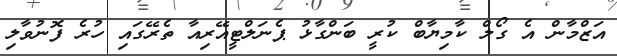
އަޒްމާން އެ ގޯލް ކާމިޔާބް ކުރީ ބަންގާޅު ޕެނަލްޓީއޭރިއާ ތެރޭގައި ހުރެ ފޮނުވާލި